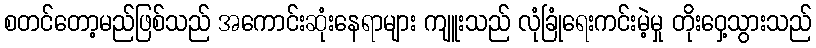
စတင်တော့မည်ဖြစ်သည် အကောင်းဆုံးနေရာများ ကျူးသည် လုံခြုံရေးကင်းမဲ့မှု တိုးဝှေ့သွားသည်